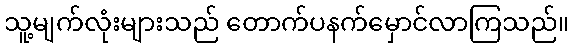
သူ့မျက်လုံးများသည် တောက်ပနက်မှောင်လာကြသည်။